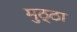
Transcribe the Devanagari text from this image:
मुठ्ठा